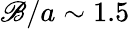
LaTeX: \mathscr{B}/a\sim1.5